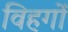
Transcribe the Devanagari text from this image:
विहगों